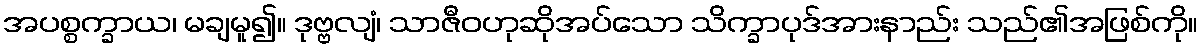
အပစ္စက္ခာယ၊ မချမူ၍။ ဒုဗ္ဗလျံ၊ သာဇီဝဟုဆိုအပ်သော သိက္ခာပုဒ်အားနာည်း သည်၏အဖြစ်ကို။